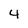
Character: 4